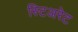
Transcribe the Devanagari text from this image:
स्टिअरेट